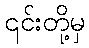
၎င်းတို့မှ